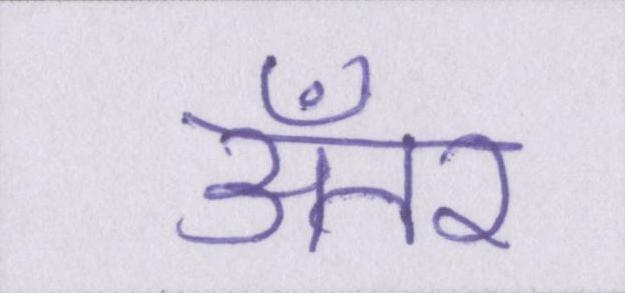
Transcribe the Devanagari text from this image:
अँतर